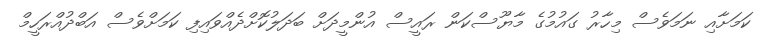
ކަމަށާއި ނަމަވެސް މިހާރު ގައުމުގެ މާޔޫސްކަން ރައީސް އުންމީދަށް ބަދަލުކޮށްދެއްވައިފި ކަމަށްވެސް އަބްދުއްރަހީމް